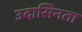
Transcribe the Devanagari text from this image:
उदासिनता